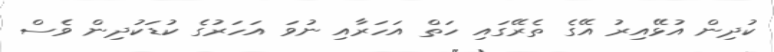
ކުދިން އުޅޭއިރު އޭގެ ތެރޭގައި ހަތް އަހަރާއި ނުވަ އަހަރުގެ ކުޑަކުދިން ވެސް